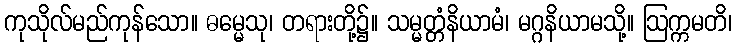
ကုသိုလ်မည်ကုန်သော။ ဓမ္မေသု၊ တရားတို့၌။ သမ္မတ္တံနိယာမံ၊ မဂ္ဂနိယာမသို့။ ဩက္ကမတိ၊